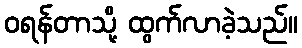
ဝရန်တာသို့ ထွက်လာခဲ့သည်။